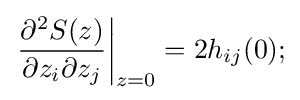
\left.{\frac {\partial ^{2}S(z)}{\partial z_{i}\partial z_{j}}}\right|_{z=0}=2h_{ij}(0);